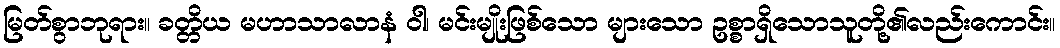
မြတ်စွာဘုရား။ ခတ္တိယ မဟာသာလာနံ ဝါ၊ မင်းမျိုးဖြစ်သော များသော ဥစ္စာရှိသောသူတို့၏လည်းကောင်း။